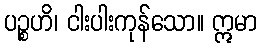
ပဉ္စဟိ၊ ငါးပါးကုန်သော။ ဣမာ